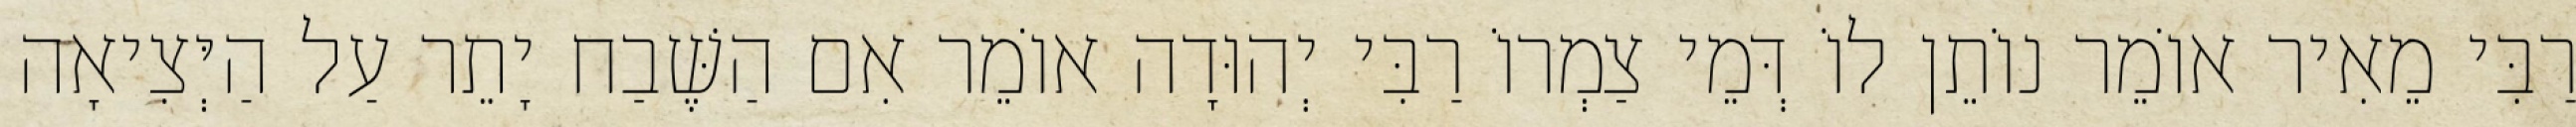
רַבִּי מֵאִיר אוֹמֵר נוֹתֵן לוֹ דְּמֵי צַמְרוֹ רַבִּי יְהוּדָה אוֹמֵר אִם הַשֶּׁבַח יָתֵר עַל הַיְּצִיאָה